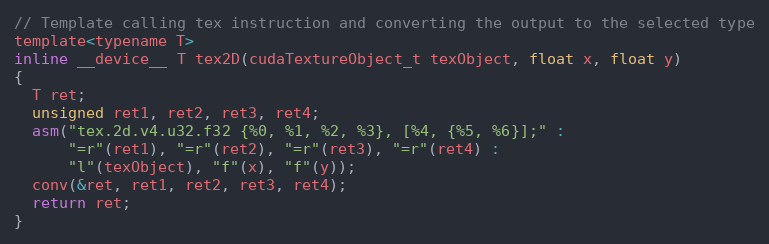
Language: C
// Template calling tex instruction and converting the output to the selected type
template<typename T>
inline __device__ T tex2D(cudaTextureObject_t texObject, float x, float y)
{
  T ret;
  unsigned ret1, ret2, ret3, ret4;
  asm("tex.2d.v4.u32.f32 {%0, %1, %2, %3}, [%4, {%5, %6}];" :
      "=r"(ret1), "=r"(ret2), "=r"(ret3), "=r"(ret4) :
      "l"(texObject), "f"(x), "f"(y));
  conv(&ret, ret1, ret2, ret3, ret4);
  return ret;
}